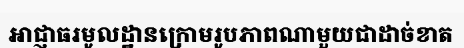
អាជ្ញាធរមូលដ្ឋានក្រោមរូបភាពណាមួយជាដាច់ខាត